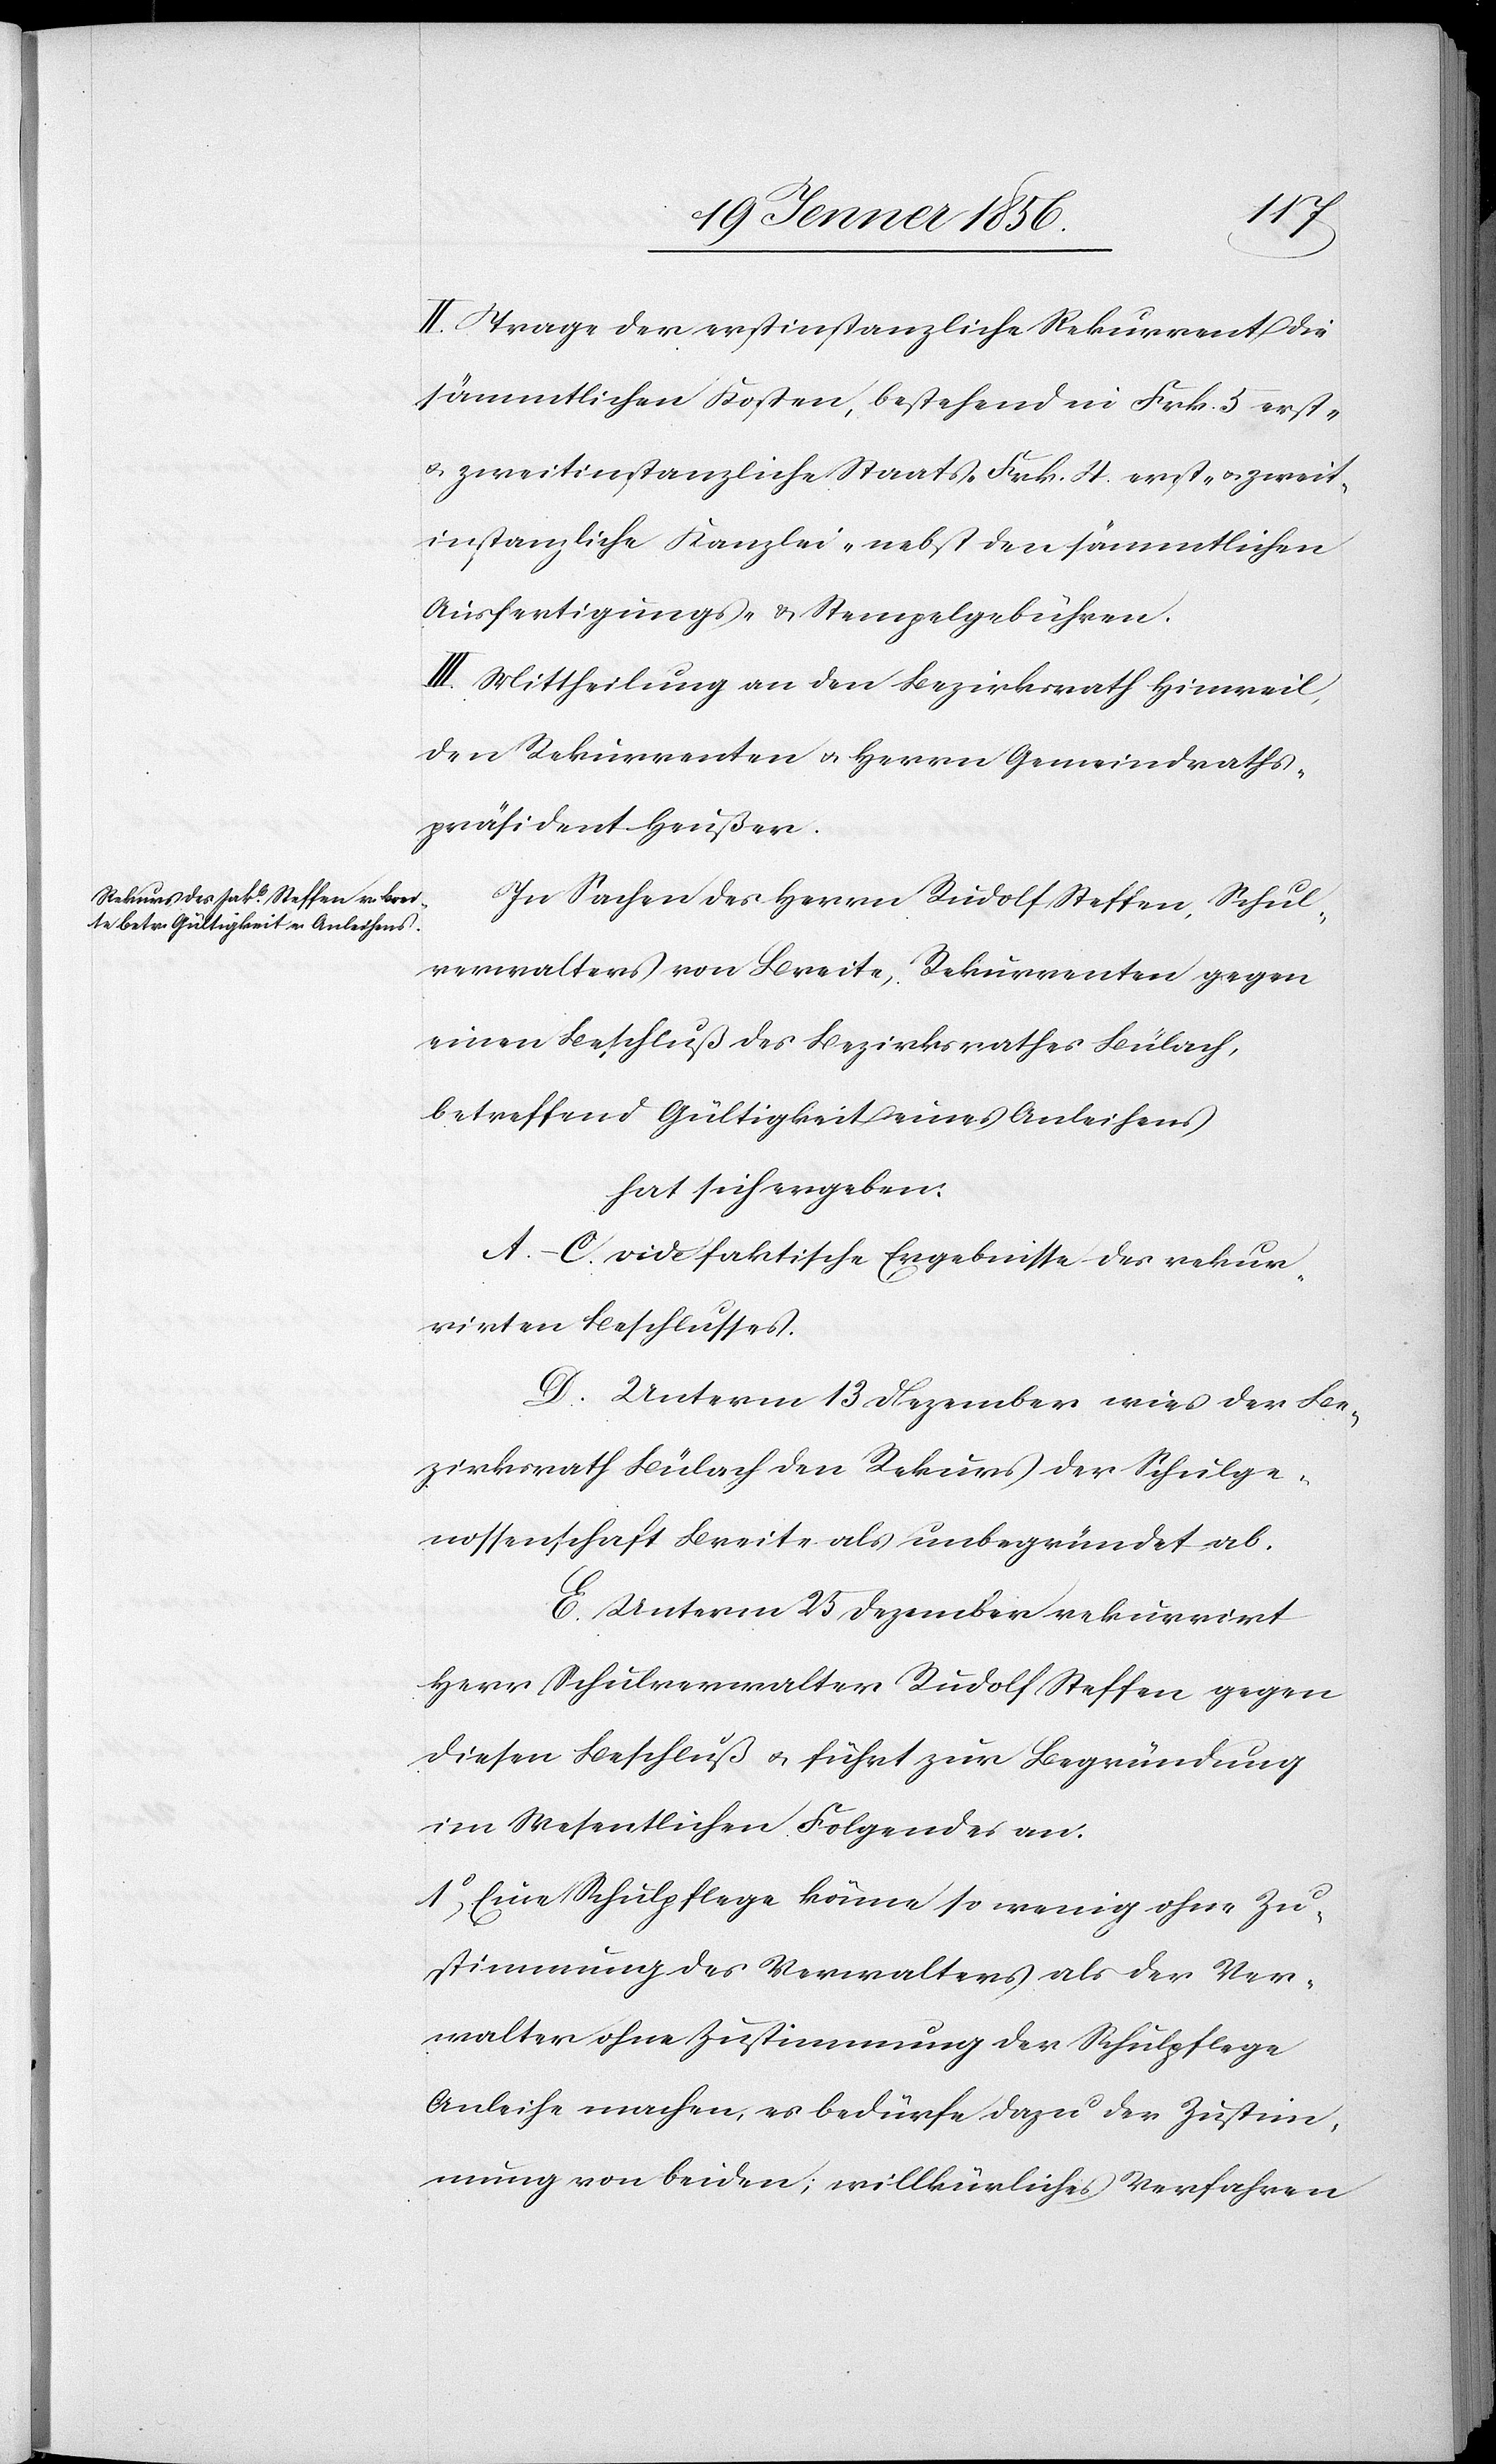
II. Trage der erstinstanzliche Rekurrent die
sämmtlichen Kosten, bestehend in Frk. 5 erst-
u. zweitinstanzliche Staats- [,] Frk. 4 erst- u. zweit¬
instanzliche Kanzlei- [,] nebst den sämmtlichen
Ausfertigungs- u. Stempelgebühren.
III. Mittheilung an den Bezirksrath Hinweil,
den Rekurrenten u. Herrn Gemeindraths¬
präsident Heußer.
In Sachen des Herrn Rudolf [sic!] Steffen, Schul¬
verwalters von Breite, Rekurrenten gegen
einen Beschluß des Bezirksrathes Bülach,
betreffend Gültigkeit eines Anleihens
hat sich ergeben
A.–C. vide faktische Ergebnisse des rekur¬
rirten Beschlusses.
D. Unterm 13 Dezember wies der Be¬
zirksrath Bülach den Rekurs der Schulge¬
nossenschaft Breite als unbegründet ab.
E. Unterm 25 Dezember rekurrirt
Herr Schulverwalter Rudolf Steffen gegen
diesen Beschluß u. führt zur Begründung
im Wesentlichen Folgendes an.
1o, Eine Schulpflege könne so wenig ohne Zu¬
stimmung des Verwalters als der Ver¬
walter ohne Zustimmung der Schulpflege
Anleihe machen, es bedürfe dazu der Zustim¬
mung von beiden; willkürliches Verfahren